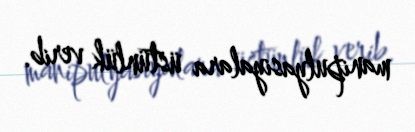
manipulyasiyalara üstünlük verib.